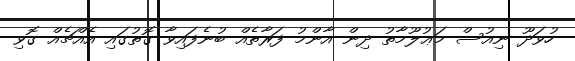
ހުވަދޫ ނިއުސް މަޢުލޫމާތު ދިން އާންމު ފަރާތެއް ބުނެފައިވާ ގޮތުގައި އެއްޗެއް ގޮވި